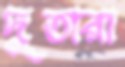
দুতারা